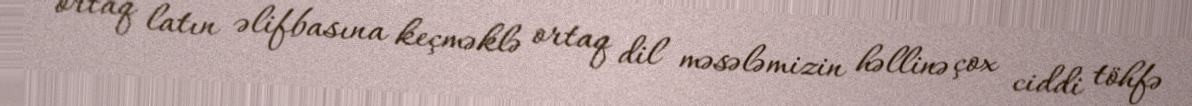
ortaq latın əlifbasına keçməklə ortaq dil məsələmizin həllinə çox ciddi töhfə